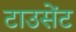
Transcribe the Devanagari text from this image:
टाउसेंट